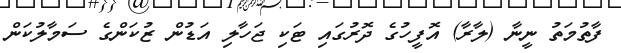
ފާތުމަތު ނީނާ (ލާރާ) އޮފީހުގެ ދޮރުގައި ޓަކި ޖަހާލި އަޑުން ޒުކަންގެ ސަމާލުކަން